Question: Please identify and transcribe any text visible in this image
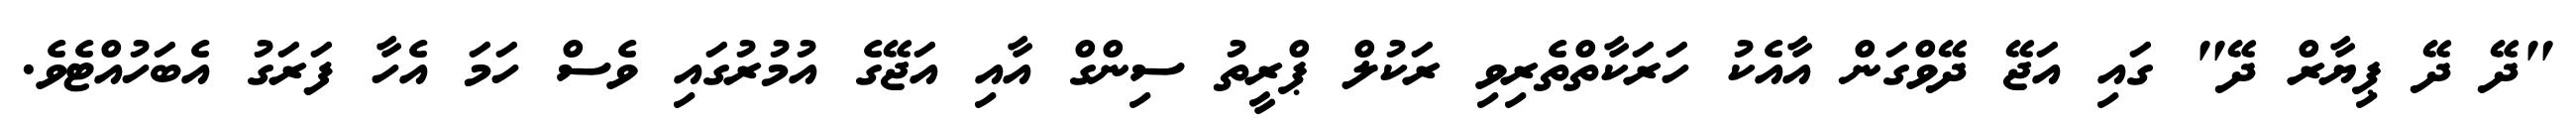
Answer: "ދޭ ދޭ ޕިޔާރް ދޭ" ގައި އަޖޭ ދޭވްގަން އާއެކު ހަރަކާތްތެރިވި ރަކުލް ޕްރީތު ސިންގް އާއި އަޖޭގެ އުމުރުގައި ވެސް ހަމަ އެހާ ފަރަގު އެބަހުއްޓެވެ.